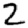
Digit: 2